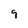
Character: 9